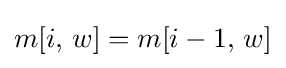
m[i,\,w]=m[i-1,\,w]